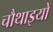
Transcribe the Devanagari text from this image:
चौथाइयों